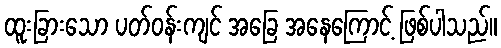
ထူးခြားသော ပတ်ဝန်းကျင် အခြေ အနေကြောင့် ဖြစ်ပါသည်။